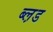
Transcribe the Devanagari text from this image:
ब्ल़ड